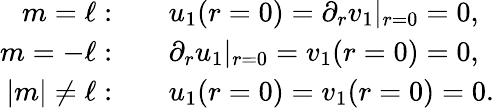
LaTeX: \begin{array}{rl}{m=\ell:}&{{}\quad u_{1}(r=0)=\partial_{r}v_{1}|_{r=0}=0,}\\ {m=-\ell:}&{{}\quad\partial_{r}u_{1}|_{r=0}=v_{1}(r=0)=0,}\\ {|m|\neq\ell:}&{{}\quad u_{1}(r=0)=v_{1}(r=0)=0.}\end{array}